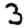
Digit: 3